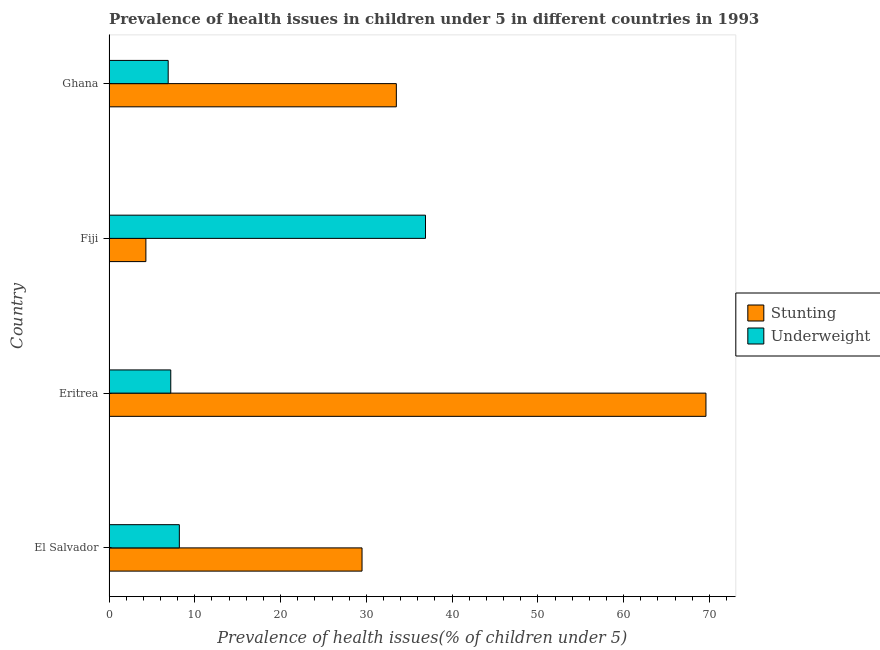
| Country | Stunting | Underweight |
 | --- | --- | --- |
 | El Salvador | 29.5 | 8.2 |
 | Eritrea | 69.6 | 7.2 |
 | Fiji | 4.3 | 36.9 |
 | Ghana | 33.5 | 6.9 |